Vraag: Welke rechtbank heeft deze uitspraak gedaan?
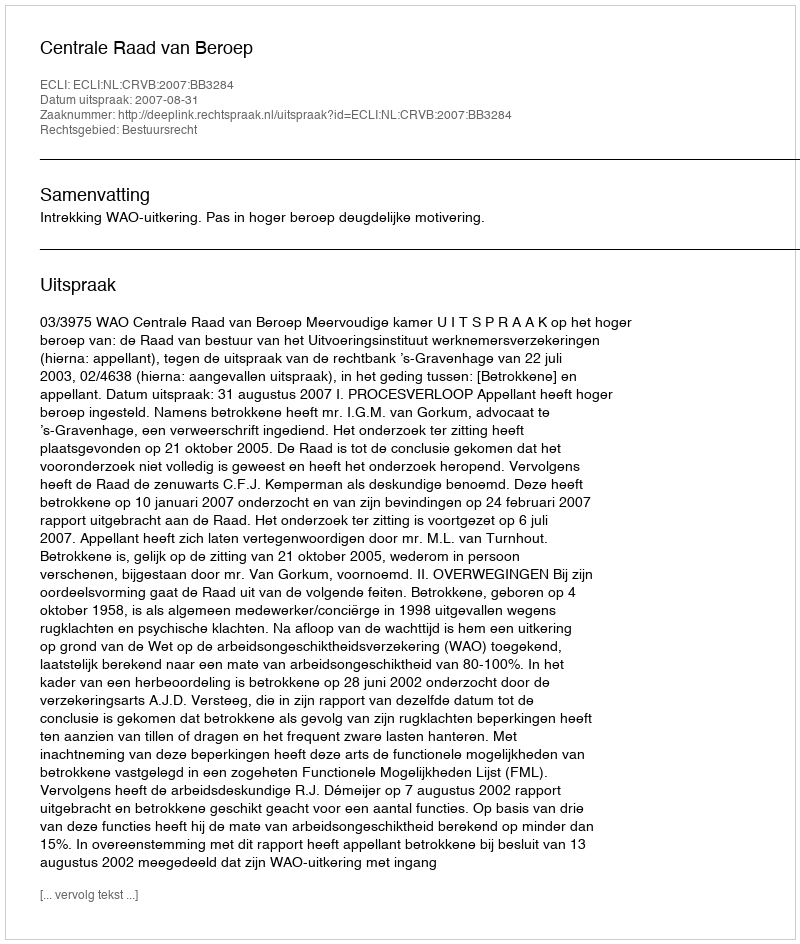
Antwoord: Centrale Raad van Beroep